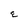
Character: E